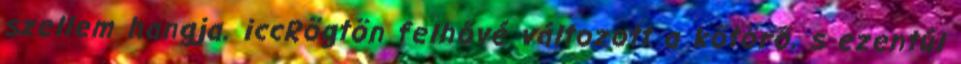
szellem hangja. iccRögtön felhővé változott a kőtörő, s ezentúl